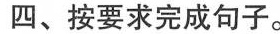
四、按要求完成句子。